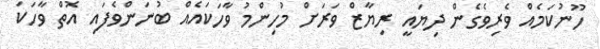
ހޫނުކަމެއް ވެރިވެގެން ދިޔައީ ރިޔާޒް ވަރަށް މުހިންމު ވާހަކައެއް ބުނަންވެފައި އޮތް ވާހަކަ